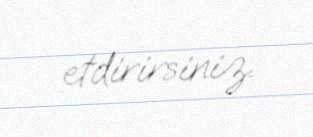
etdirirsiniz.